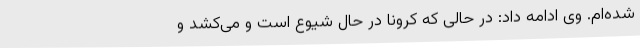
شده‌ام. وی ادامه داد: در حالی که کرونا در حال شیوع است و می‌کشد و